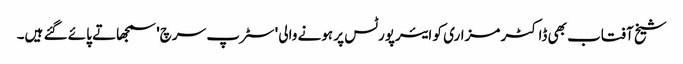
شیخ آفتاب بھی ڈاکٹر مزاری کو ایئرپورٹس پر ہونے والی 'سٹرپ سرچ' سمجھاتے پائے گئے ہیں۔